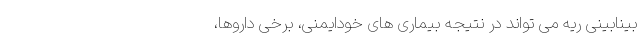
بینابینی ریه می تواند در نتیجه بیماری های خودایمنی، برخی داروها،